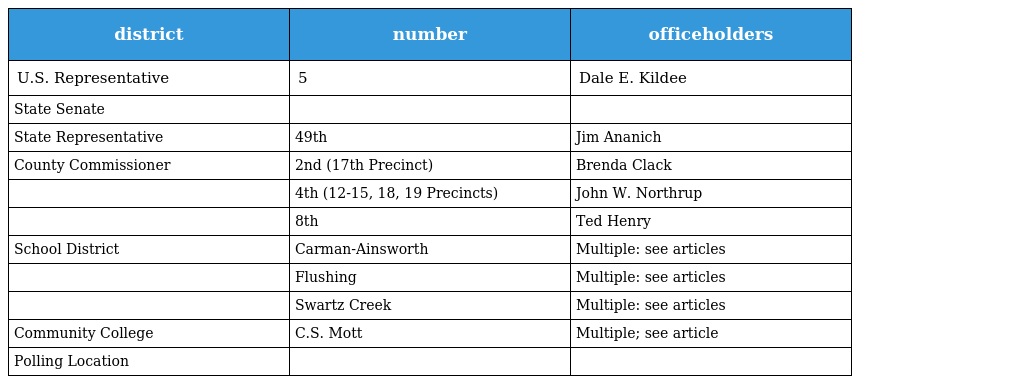
| district | number | officeholders |
 | --- | --- | --- |
 | U.S. Representative | 5 | Dale E. Kildee |
 | State Senate |  |  |
 | State Representative | 49th | Jim Ananich |
 | County Commissioner | 2nd (17th Precinct) | Brenda Clack |
 |  | 4th (12-15, 18, 19 Precincts) | John W. Northrup |
 |  | 8th | Ted Henry |
 | School District | Carman-Ainsworth | Multiple: see articles |
 |  | Flushing | Multiple: see articles |
 |  | Swartz Creek | Multiple: see articles |
 | Community College | C.S. Mott | Multiple; see article |
 | Polling Location |  |  |